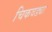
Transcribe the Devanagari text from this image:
चिकवड्या